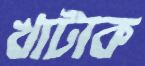
খাটাক